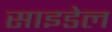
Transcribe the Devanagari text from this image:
साइडेल